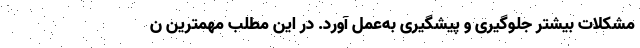
مشکلات بیشتر جلوگیری و پیشگیری به‌عمل آورد. در این مطلب مهمترین ن